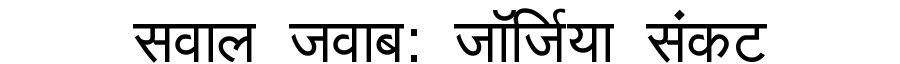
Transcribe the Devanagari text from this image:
सवाल जवाब: जॉर्जिया संकट